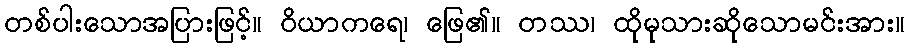
တစ်ပါးသောအပြားဖြင့်။ ဝိယာကရေ၊ ဖြေ၏။ တဿ၊ ထိုမုသားဆိုသောမင်းအား။